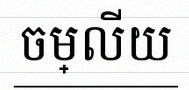
ចម្លើយ